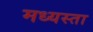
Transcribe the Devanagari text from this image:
मध्‍यस्ता